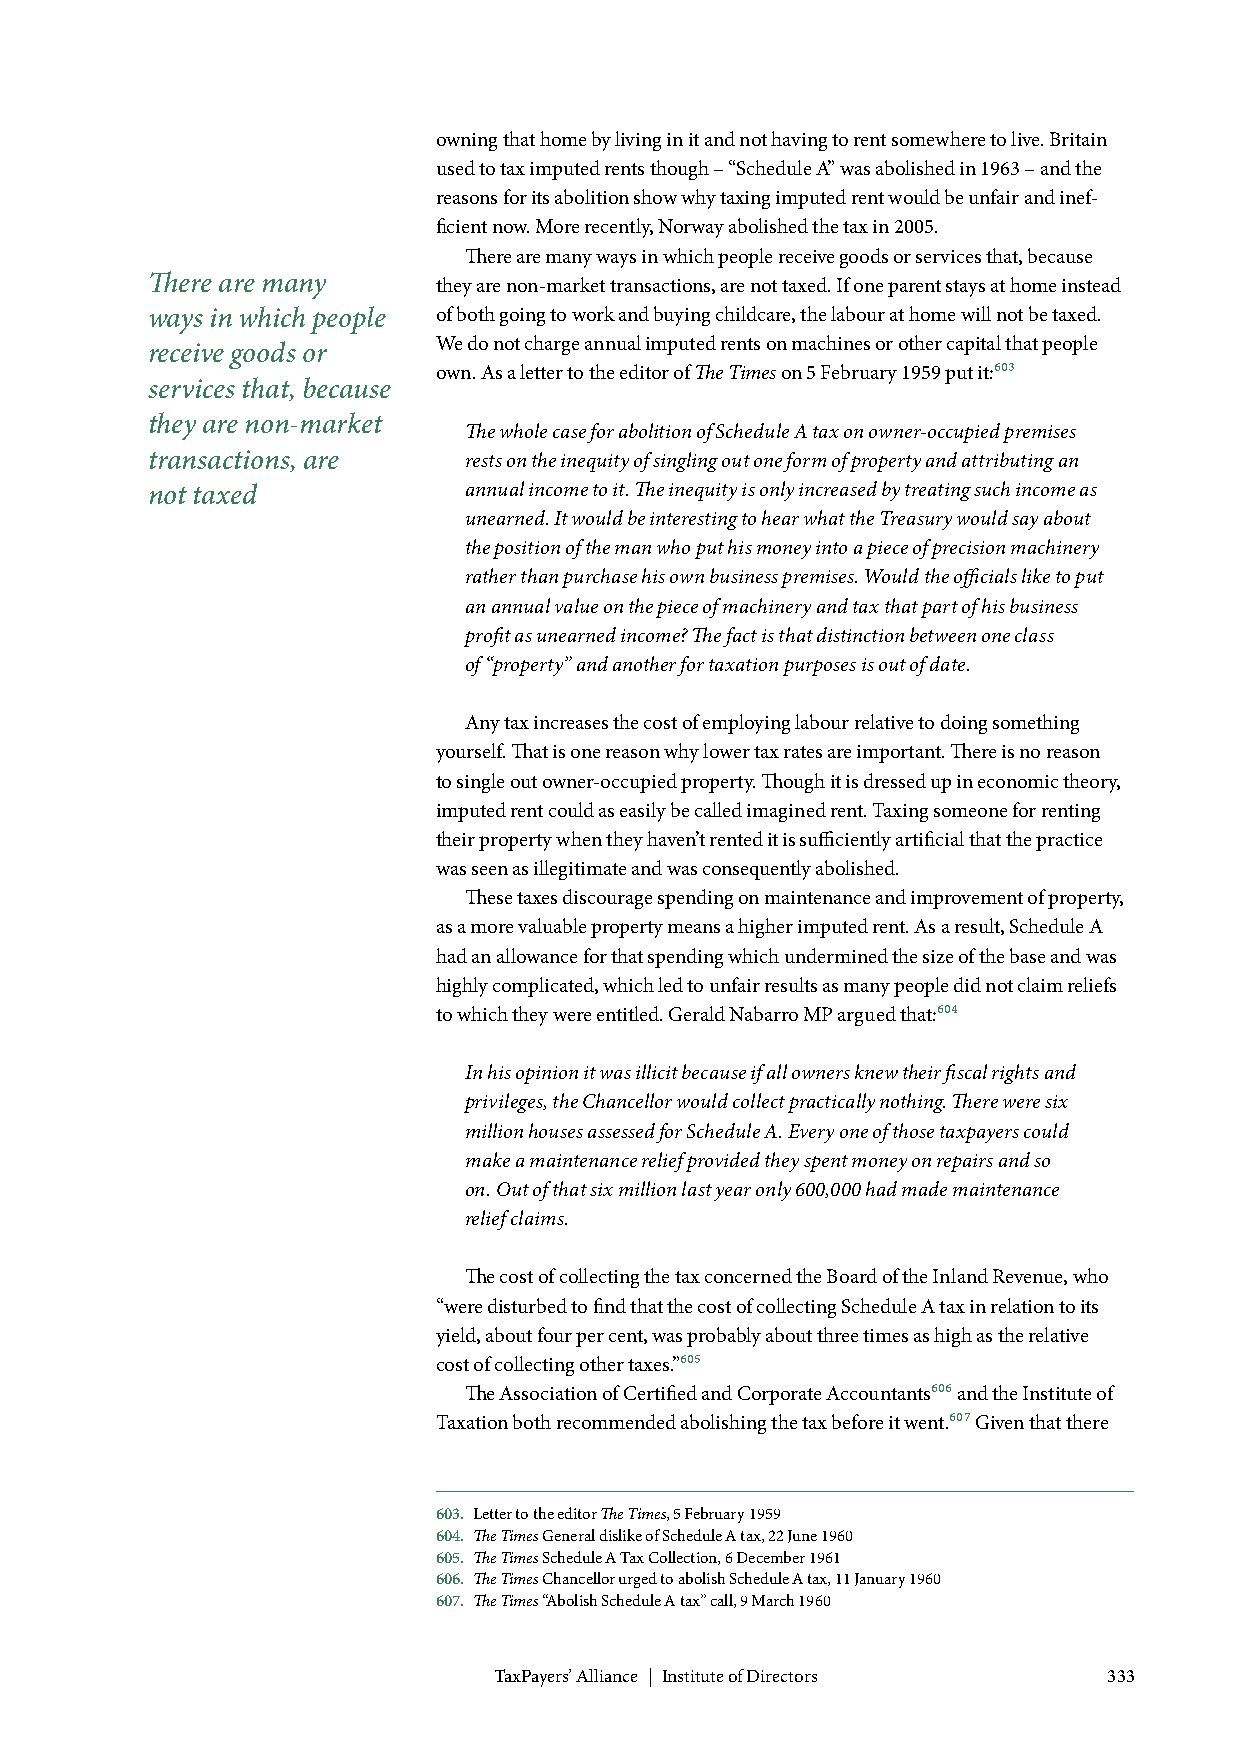
owning that home by living in it and not having to rent somewhere to live. Britain
 used to tax imputed rents though – “Schedule A” was abolished in 1963 – and the
 reasons for its abolition show why taxing imputed rent would be unfair and inef-
 ficient now. More recently, Norway abolished the tax in 2005.
 There are many ways in which people receive goods or services that, because
 There are many     they are non-market transactions, are not taxed. If one parent stays at home instead
 ways in which people of both going to work and buying childcare, the labour at home will not be taxed.
 We do not charge annual imputed rents on machines or other capital that people
 receive goods or
 own. As a letter to the editor of The Times on 5 February 1959 put it:603
 services that, because
 they are non-market
 The whole case for abolition of Schedule A tax on owner-occupied premises
 transactions, are    rests on the inequity of singling out one form of property and attributing an
 not taxed            annual income to it. The inequity is only increased by treating such income as
 unearned. It would be interesting to hear what the Treasury would say about
 the position of the man who put his money into a piece of precision machinery
 rather than purchase his own business premises. Would the officials like to put
 an annual value on the piece of machinery and tax that part of his business
 profit as unearned income? The fact is that distinction between one class
 of “property” and another for taxation purposes is out of date.
 Any tax increases the cost of employing labour relative to doing something
 yourself. That is one reason why lower tax rates are important. There is no reason
 to single out owner-occupied property. Though it is dressed up in economic theory,
 imputed rent could as easily be called imagined rent. Taxing someone for renting
 their property when they haven’t rented it is sufficiently artificial that the practice
 was seen as illegitimate and was consequently abolished.
 These taxes discourage spending on maintenance and improvement of property,
 as a more valuable property means a higher imputed rent. As a result, Schedule A
 had an allowance for that spending which undermined the size of the base and was
 highly complicated, which led to unfair results as many people did not claim reliefs
 to which they were entitled. Gerald Nabarro MP argued that:604
 In his opinion it was illicit because if all owners knew their fiscal rights and
 privileges, the Chancellor would collect practically nothing. There were six
 million houses assessed for Schedule A. Every one of those taxpayers could
 make a maintenance relief provided they spent money on repairs and so
 on. Out of that six million last year only 600,000 had made maintenance
 relief claims.
 The cost of collecting the tax concerned the Board of the Inland Revenue, who
 “were disturbed to find that the cost of collecting Schedule A tax in relation to its
 yield, about four per cent, was probably about three times as high as the relative
 cost of collecting other taxes.”605
 The Association of Certified and Corporate Accountants606 and the Institute of
 Taxation both recommended abolishing the tax before it went.607 Given that there
 603. Letter to the editor The Times, 5 February 1959
 604. The Times General dislike of Schedule A tax, 22 June 1960
 605. The Times Schedule A Tax Collection, 6 December 1961
 606. The Times Chancellor urged to abolish Schedule A tax, 11 January 1960
 607. The Times “Abolish Schedule A tax” call, 9 March 1960
 TaxPayers’ Alliance | Institute of Directors 333